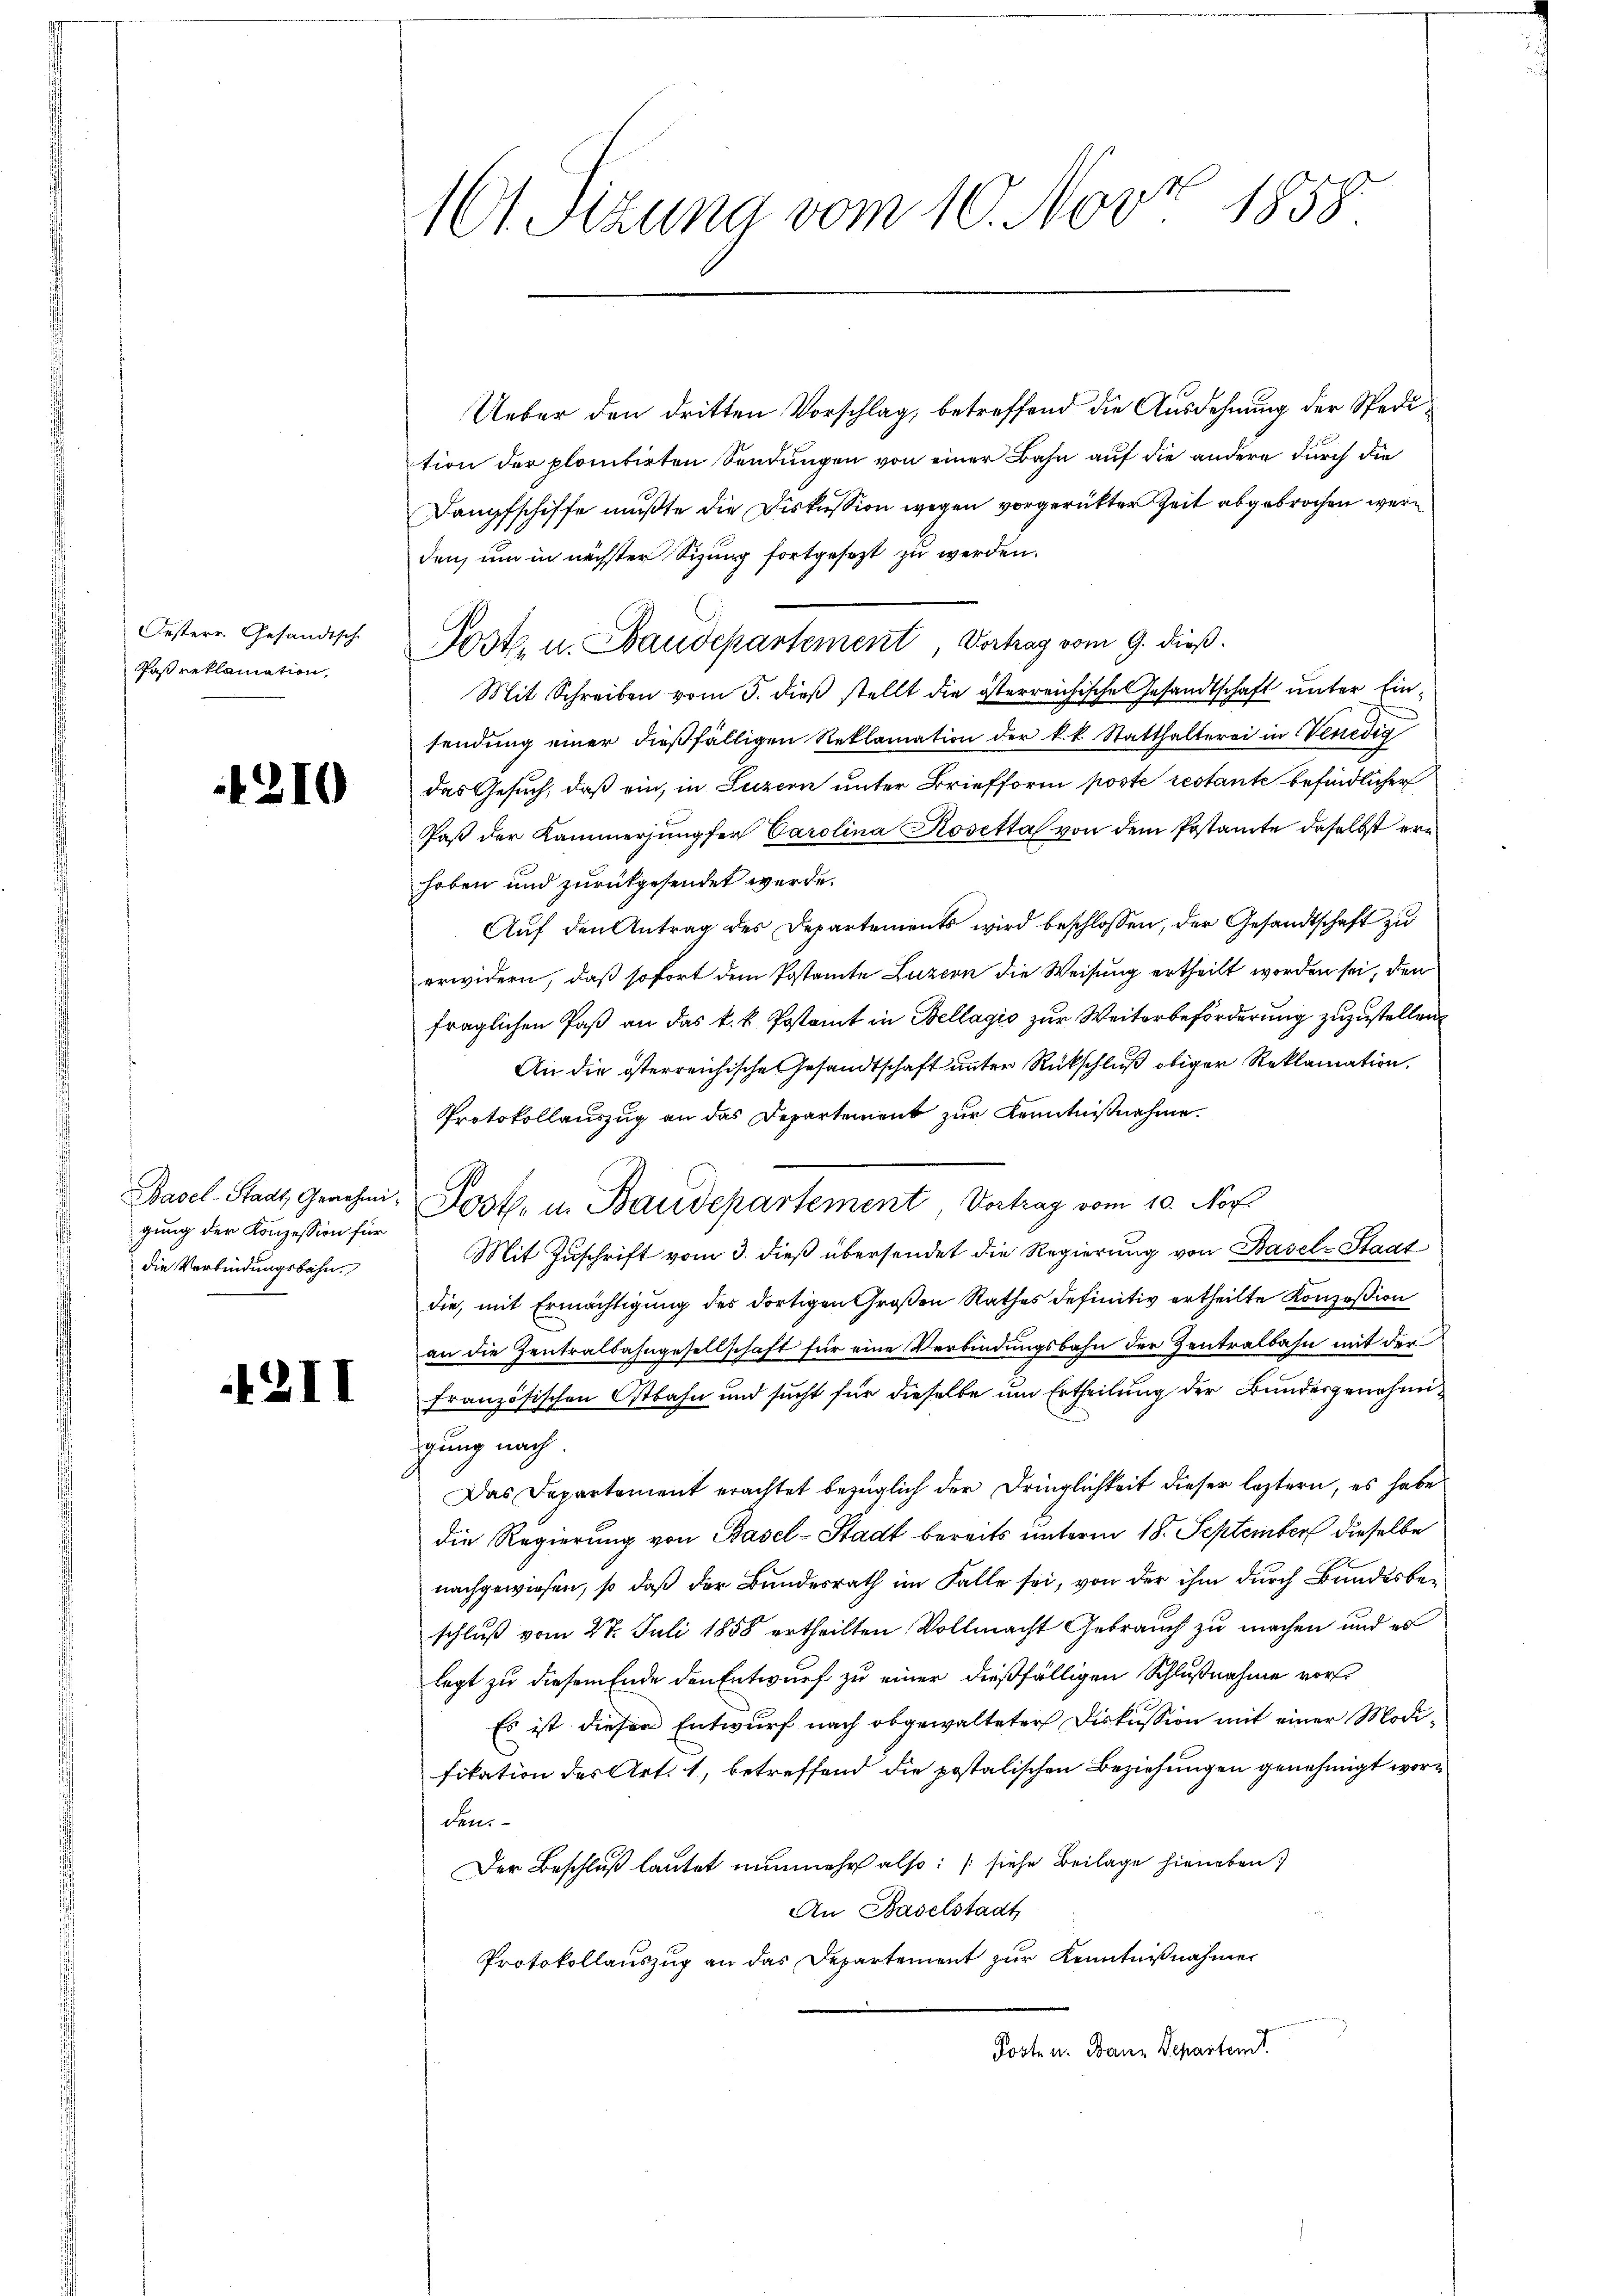
Oesterr. Gesandtsch
Paß reklamation,

1210

gung der Konzession für
die Verbindungsbahn.

2II

9.
1601 Sitzung vom 10. Nov 1858.

Ueber den dritten Vorschlag, betreffend die Ausdehnung der Spedition der plonitirten Sendungen von einer Bahn auf die andere durch die
Dampfschiffe mußte die Diskussion wegen vorgerückter Zeit abgebrochen wäre
den, um in nächster Sizung fortgesezt zu werden.
Post. u. Baudepartement, Vortrag vom 9. dieß.
Mit Schreiben vom 3. dieß stellt die österreichische Gesandtschaft unter Einsendung einer dießfälligen Reklamation der k.k. Statthalterei in Venedig
das Gesuch, daß ein, in Luzern unter Briefform poste restante befindlicher
Paß der Kammerjungfer Carolina Kosetta von dem Postamte daselbst erhoben und zurückgesendet werde.
Auf den Antrag des Departements wird beschlossen, der Gesandtschaft zu
erwidern, daß sofort dem Postamte Luzern die Weisung ertheilt worden sei, den
fraglichen Paß an das k. k. Pestamt in Bellagio zur Weiterbeförderung zuzustellen.
An die österreichische Gesandtschaft unter Rückschluß obiger Reklamation,
Protokollauszug an das Departement zur Kenntnißnahme.
Mit Zuschrift vom 3. dieß übersendet die Regierung von Basel-Stadt
die, mit Ermächtigung des dortigen Großen Rathes definitiv ertheilte Konzession
an die Zentralbahngesellschaft für eine Verbindungsbahn der Zentralbahn mit der
französischen Ostbahn und sucht für dieselbe um Ertheilung der Bundesgenehmigung nach
Das Departement erachtet bezüglich der Dringlichkeit dieser leztern, es habe
die Regierung von Basel-Stadt bereits unterm 18. September dieselbe
nachgewiesen, so daß der Bundesrath im Falle sei, von der ihm durch Bundesbeschluß vom 27. Juli 1858 ertheilten Vollmacht Gebrauch zu machen und es
legt zu diesem Ende den Entwurf zu einer dießfälligen Schlußnahme vor
Es ist dieser Entwurf nach obgewalteter Diskussion mit einer Modifikation des Art. 1, betreffend die postalischen Beziehungen genehmigt worden.
Der Beschluß lautet nunmehr also: (siehe Beilage hieneben.
An Baselstadt
Protokollauszug an das Departement zur Kenntnißnahmen
Posten. Dann Departen.

Basel-Stadt, Genehmi- Poster in Baudepartement Vortrag vom 10. Nov.